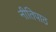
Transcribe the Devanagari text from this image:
नीतिपाठ